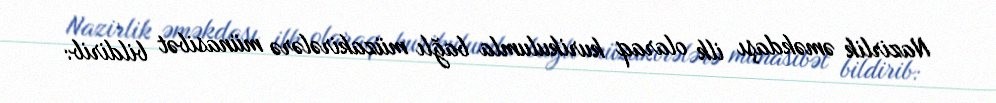
Nazirlik əməkdaşı ilk olaraq kurikulumla bağlı müzakirələrə münasibət bildirib: